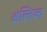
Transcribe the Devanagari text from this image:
अल्तिज्द